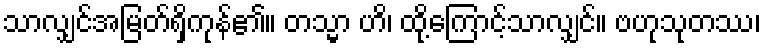
သာလျှင်အမြတ်ရှိကုန်၏။ တသ္မာ ဟိ၊ ထို့ကြောင့်သာလျှင်။ ဗဟုသုတဿ၊